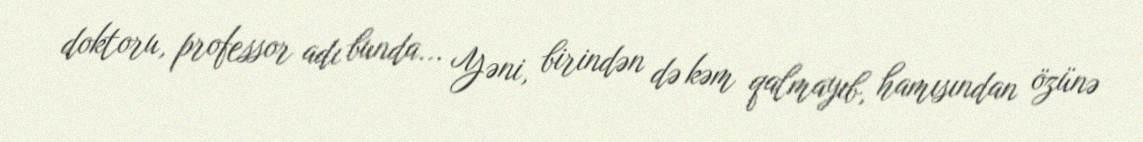
doktoru, professor adı bunda... Yəni, birindən də kəm qalmayıb, hamısından özünə